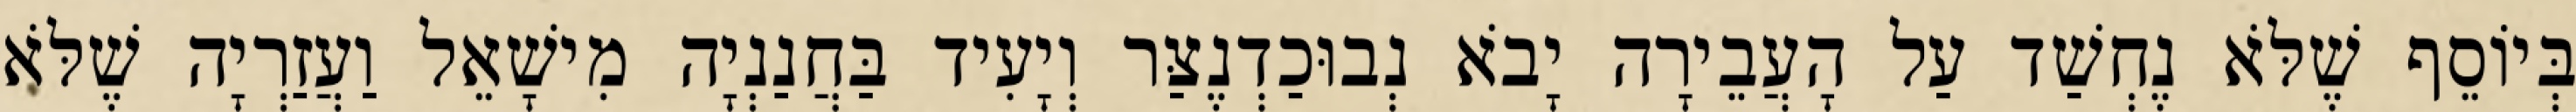
בְּיוֹסֵף שֶׁלֹּא נֶחְשַׁד עַל הָעֲבֵירָה יָבֹא נְבוּכַדְנֶצַּר וְיָעִיד בַּחֲנַנְיָה מִישָׁאֵל וַעֲזַרְיָה שֶׁלֹּא